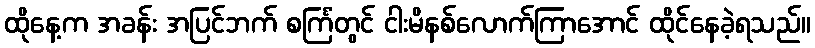
ထိုနေ့က အခန်း အပြင်ဘက် စင်္ကြံတွင် ငါးမိနစ်လောက်ကြာအောင် ထိုင်နေခဲ့ရသည်။